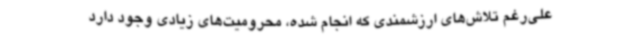
علی‌رغم تلاش‌های ارزشمندی که انجام شده، محرومیت‌های زیادی وجود دارد